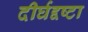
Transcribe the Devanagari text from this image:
दीर्घद्दष्टा